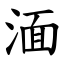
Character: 湎